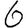
Digit: 6